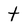
Character: t